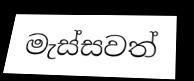
මැස්සවත්